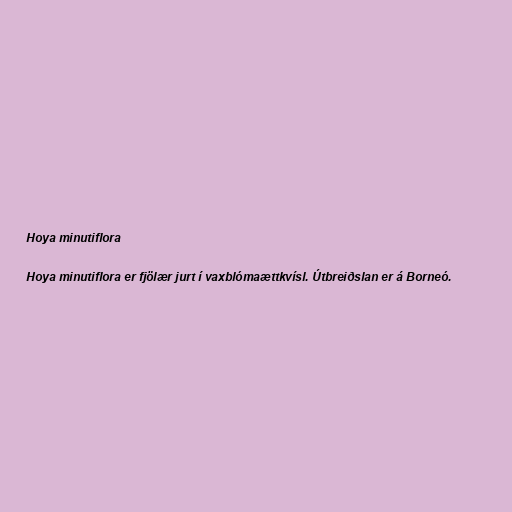
Hoya minutiflora

Hoya minutiflora er fjölær jurt í vaxblómaættkvísl. Útbreiðslan er á Borneó.